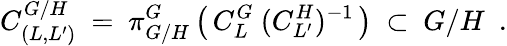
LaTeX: C_{(L,L^{\prime})}^{G/H}\ =\ \pi_{G/H}^{G}\left(\, C_{L}^{G}\ (C_{L^{\prime}}^{H})^{-1}\, \right)\ \subset\ G/H\ \ .